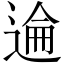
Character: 𫐮